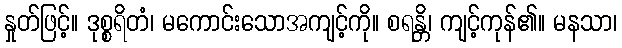
နှုတ်ဖြင့်။ ဒုစ္စရိတံ၊ မကောင်းသောအကျင့်ကို။ စရန္တိ၊ ကျင့်ကုန်၏။ မနသာ၊